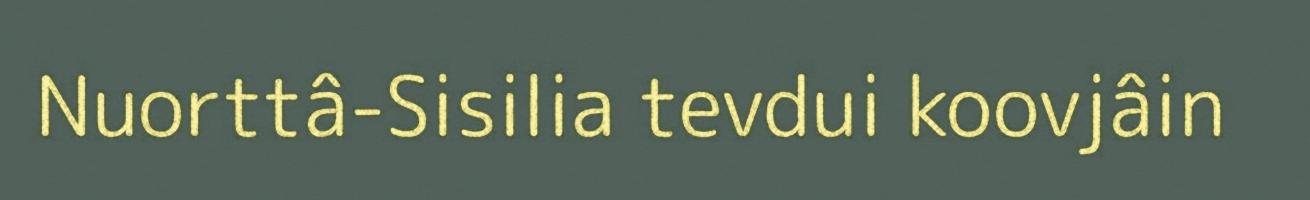
Nuorttâ-Sisilia tevdui koovjâin